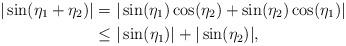
LaTeX: \begin{align*}|\sin(\eta_1+ \eta_2)| & = |\sin(\eta_1) \cos(\eta_2) + \sin(\eta_2) \cos(\eta_1)|\\&\leq |\sin(\eta_1)|+ |\sin(\eta_2)|,\end{align*}